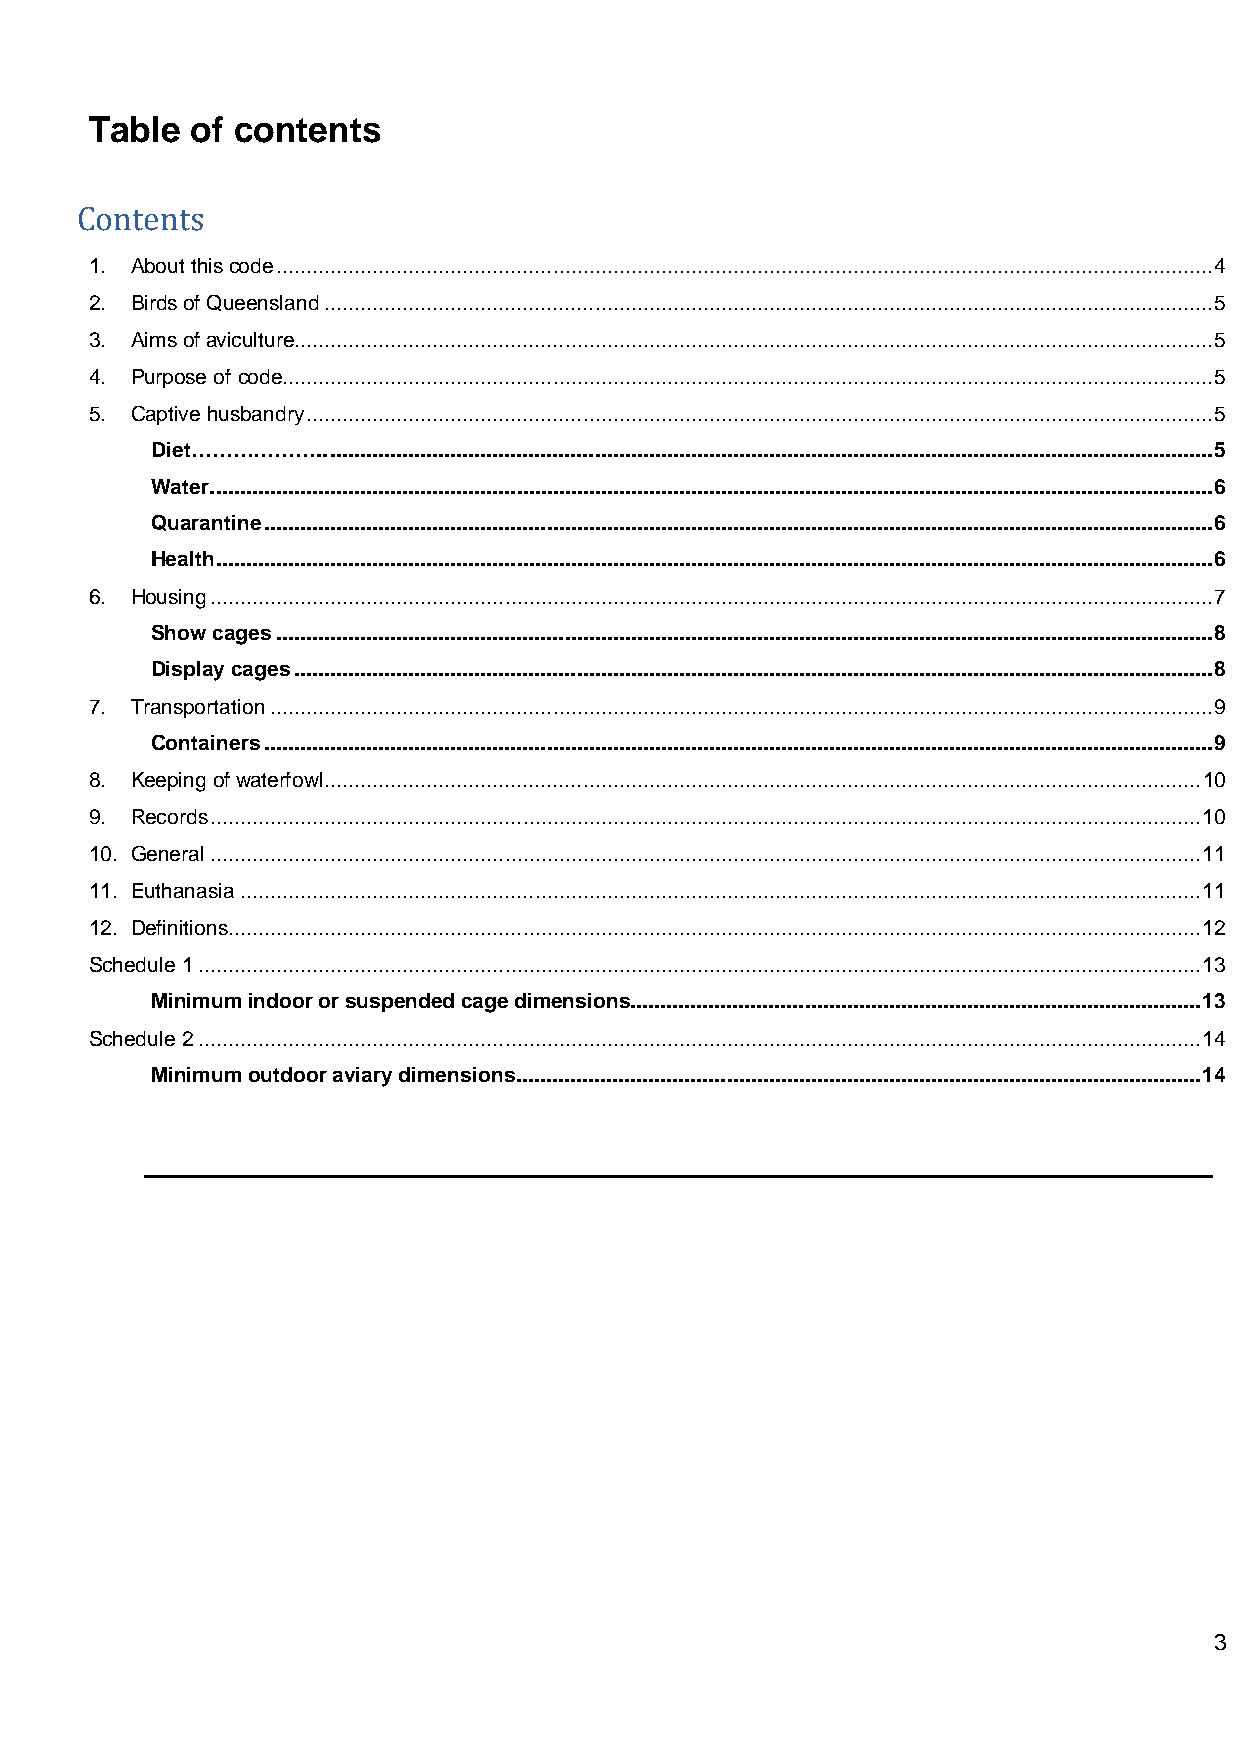
Table  of contents
 1. About this code ............................................................................................................................................................ 4
 Contents
 2. Birds of Queensland .................................................................................................................................................... 5
 3. Aims of aviculture......................................................................................................................................................... 5
 4. Purpose of code........................................................................................................................................................... 5
 5. Captive husbandry ....................................................................................................................................................... 5
 Diet……………….. ................................................................................................................................................... 5
 Water. ...................................................................................................................................................................... 6
 Quarantine .............................................................................................................................................................. 6
 Health ...................................................................................................................................................................... 6
 6. Housing ....................................................................................................................................................................... 7
 Show cages ............................................................................................................................................................ 8
 Display cages ......................................................................................................................................................... 8
 7. Transportation ............................................................................................................................................................. 9
 Containers .............................................................................................................................................................. 9
 8. Keeping of waterfowl .................................................................................................................................................. 10
 9. Records ..................................................................................................................................................................... 10
 10. General ..................................................................................................................................................................... 11
 11. Euthanasia ................................................................................................................................................................ 11
 12. Definitions.................................................................................................................................................................. 12
 Schedule 1 ....................................................................................................................................................................... 13
 Minimum indoor or suspended cage dimensions............................................................................................... 13
 Schedule 2 ....................................................................................................................................................................... 14
 Minimum outdoor aviary dimensions .................................................................................................................. 14
 3